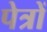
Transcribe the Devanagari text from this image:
पेत्रों